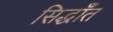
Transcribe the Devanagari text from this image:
सिद्धाँत